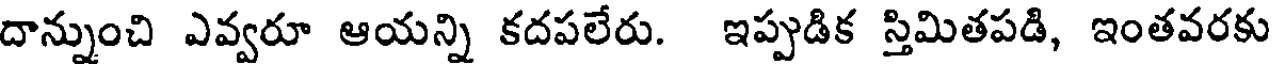
దాన్నుంచి ఎవ్వరూ ఆయన్ని కదపలేరు. ఇప్పుడిక స్తిమితపడి, ఇంతవరకు